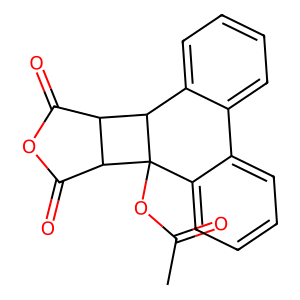
SMILES: CC(=O)OC12c3ccccc3-c3ccccc3C1C1C(=O)OC(=O)C12
Inhibits HIV replication: No